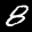
Label: 8